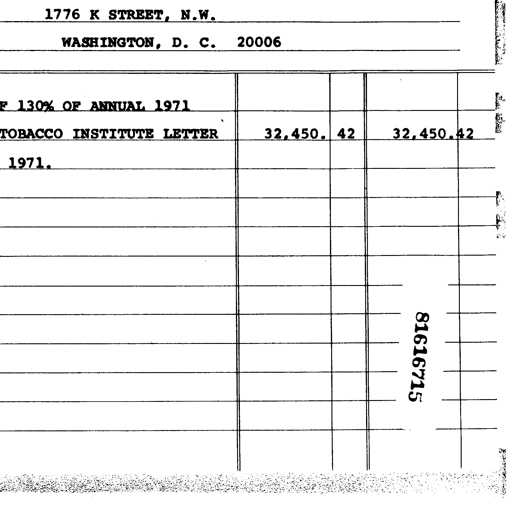
1776 K STREET, N.W.
WASHINGTON, D. C. 20006
F 130% OF ANNUAL 1971
TOBACCO INSTITUTE LETTER 32,450. 42 32,450.42
1971.
81616715